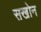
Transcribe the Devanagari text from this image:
सखोन